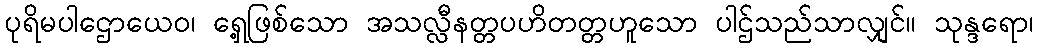
ပုရိမပါဌောယေဝ၊ ရှေ့ဖြစ်သော အသလ္လီနတ္တပဟိတတ္တဟူသော ပါဌ်သည်သာလျှင်။ သုန္ဒရော၊